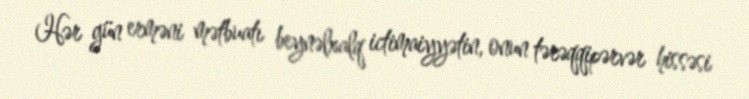
Hər gün erməni mətbuatı beynəlxalq ictimaiyyətin, onun tərəqqipərvər hissəsi